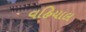
વહિયાલ